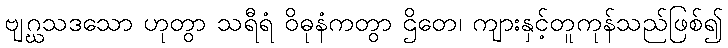
ဗျဂ္ဃသဒသော ဟုတွာ သရီရံ ဝိဓုနံကတွာ ဌိတေ၊ ကျားနှင့်တူကုန်သည်ဖြစ်၍